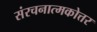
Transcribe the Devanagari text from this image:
संरचनात्मकोत्तर